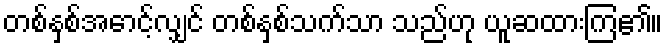
တစ်နှစ်အောင့်လျှင် တစ်နှစ်သက်သာ သည်ဟု ယူဆထားကြ၏။